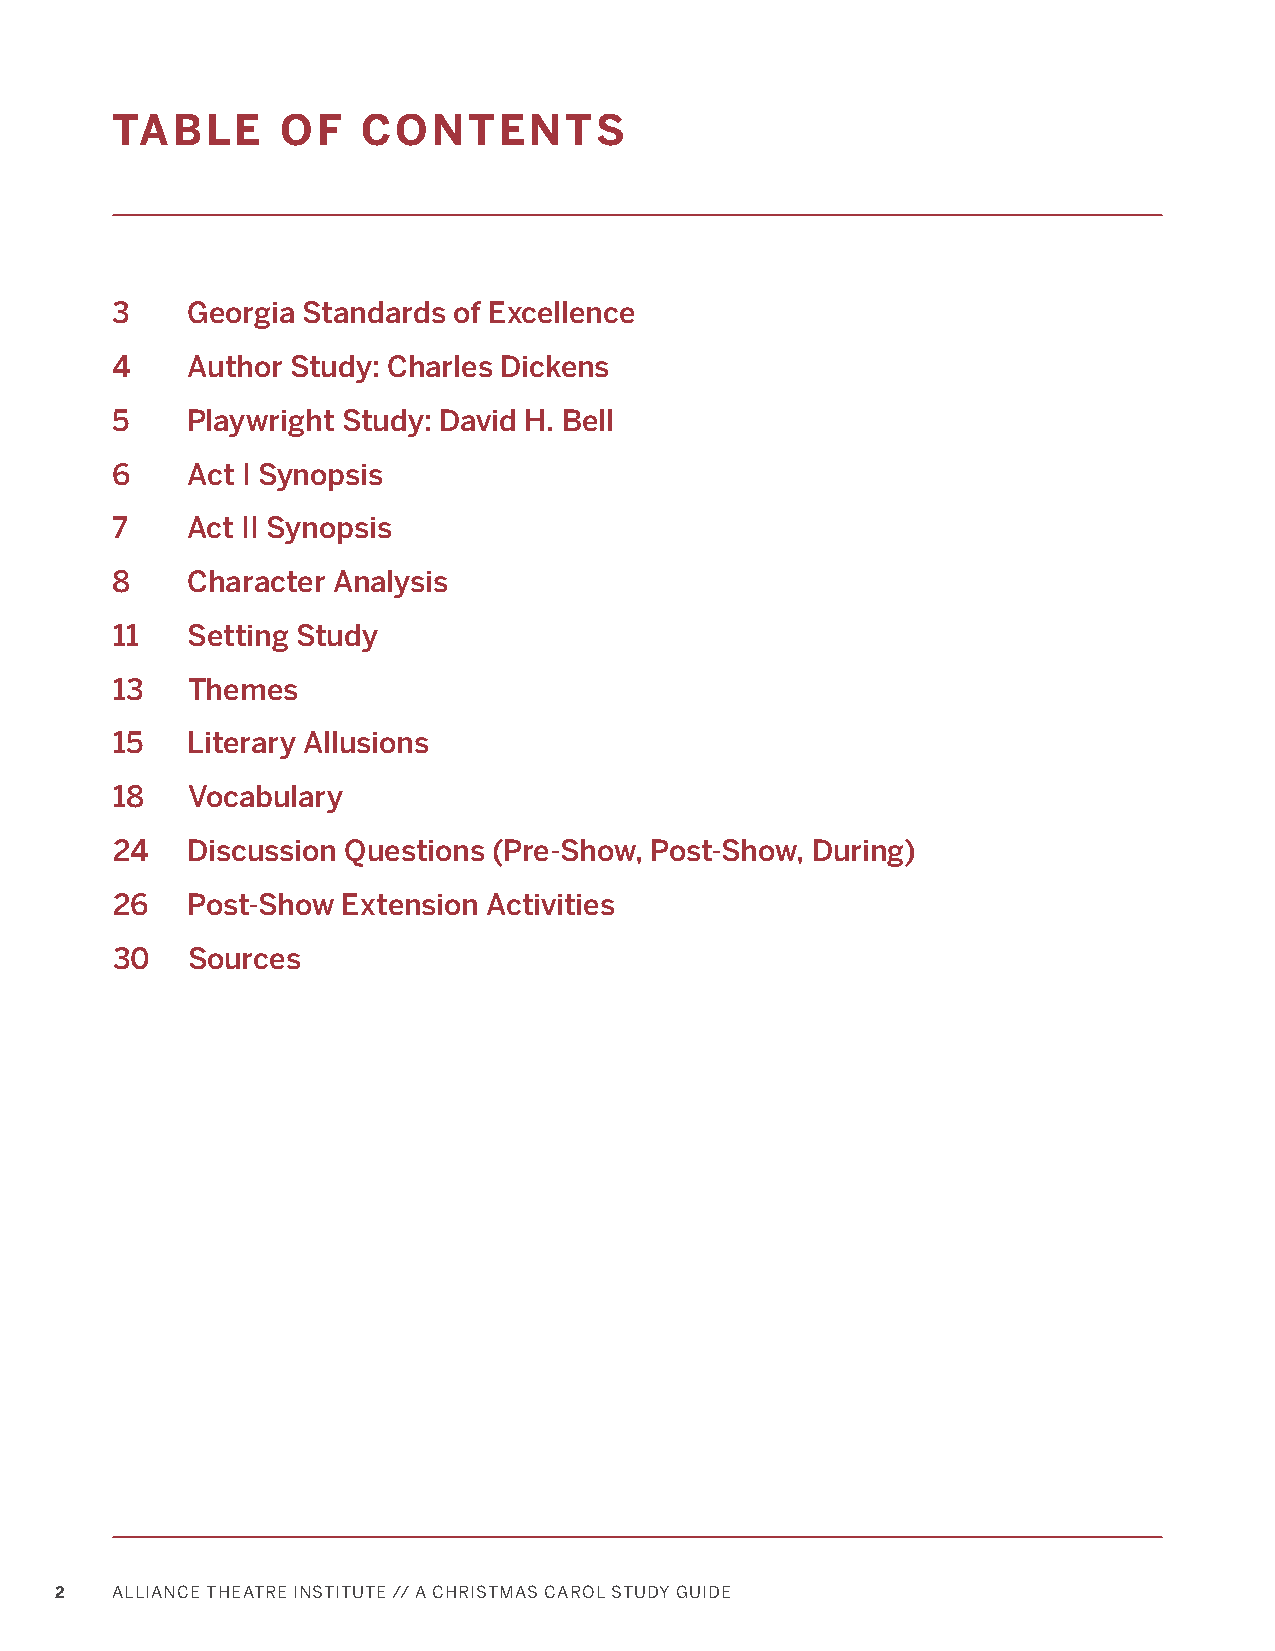
TABLE       OF   CONTENTS
 3    Georgia Standards of Excellence
 4    Author Study: Charles Dickens
 5    Playwright Study: David H. Bell
 6    Act I Synopsis
 7    Act II Synopsis
 8    Character Analysis
 11   Setting Study
 13   Themes
 15   Literary Allusions
 18   Vocabulary
 24   Discussion Questions (Pre-Show, Post-Show, During)
 26   Post-Show  Extension Activities
 30   Sources
 2  ALLIANCE THEATRE INSTITUTE // A CHRISTMAS CAROL STUDY GUIDE